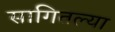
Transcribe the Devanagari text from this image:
सागितल्या